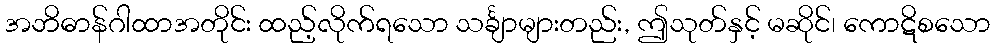
အဘိဓာန်ဂါထာအတိုင်း ထည့်လိုက်ရသော သင်္ချာများတည်း, ဤသုတ်နှင့် မဆိုင်၊ ကောဋိစသော